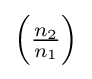
\left({\tfrac {n_{2}}{n_{1}}}\right)